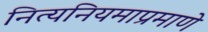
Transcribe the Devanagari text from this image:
नित्यनियमाप्रमाणे